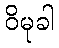
ဝိမုခါ